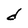
Character: d